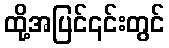
ထို့အပြင်၎င်းတွင်